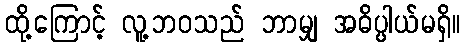
ထို့ကြောင့် လူ့ဘဝသည် ဘာမျှ အဓိပ္ပါယ်မရှိ။